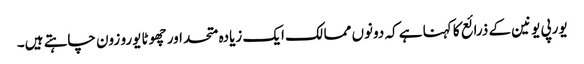
یورپی یونین کے ذرائع کا کہنا ہے کہ دونوں ممالک ایک زیادہ متحد اور چھوٹا یورو زون چاہتے ہیں۔